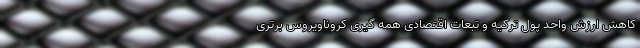
کاهش ارزش واحد پول ترکیه و تبعات اقتصادی همه گیری کروناویروس برتری